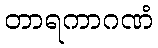
တာရကာဂဏံ